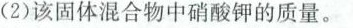
(2)该固体混合物中硝酸钾的质量。